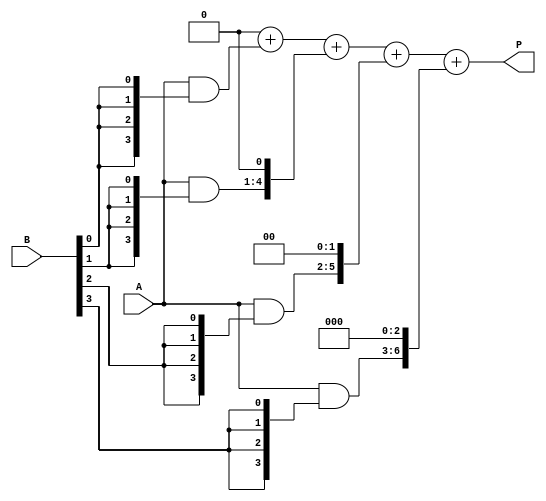
module array_multiplier #(parameter M = 4, // Width of A
                          parameter N = 4  // Width of B
                         )(
    input [M-1:0] A,
    input [N-1:0] B,
    output reg [M+N-1:0] P
);

    // Partial products array
    reg [M-1:0] partial_products[N-1:0]; // N partial products each of M bits

    // Generate partial products
    genvar i, j;
    generate
        for (i = 0; i < N; i = i + 1) begin : gen_partial_products
            assign partial_products[i] = A & {M{B[i]}}; // AND operation for partial product
        end
    endgenerate

    // Sum the partial products
    integer k;
    always @(*) begin
        P = 0; // Initialize product
        for (k = 0; k < N; k = k + 1) begin
            P = P + (partial_products[k] << k); // Shift and add
        end
    end

endmodule